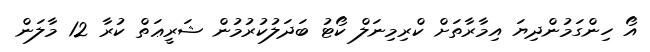
އޯ ހިންގަމުންދިޔަ އިމާރާތަށް ކްރިމިނަލް ކޯޓު ބަދަލުކުރުމުން ޝަރީޢަތް ކުރާ 12 މާލަން